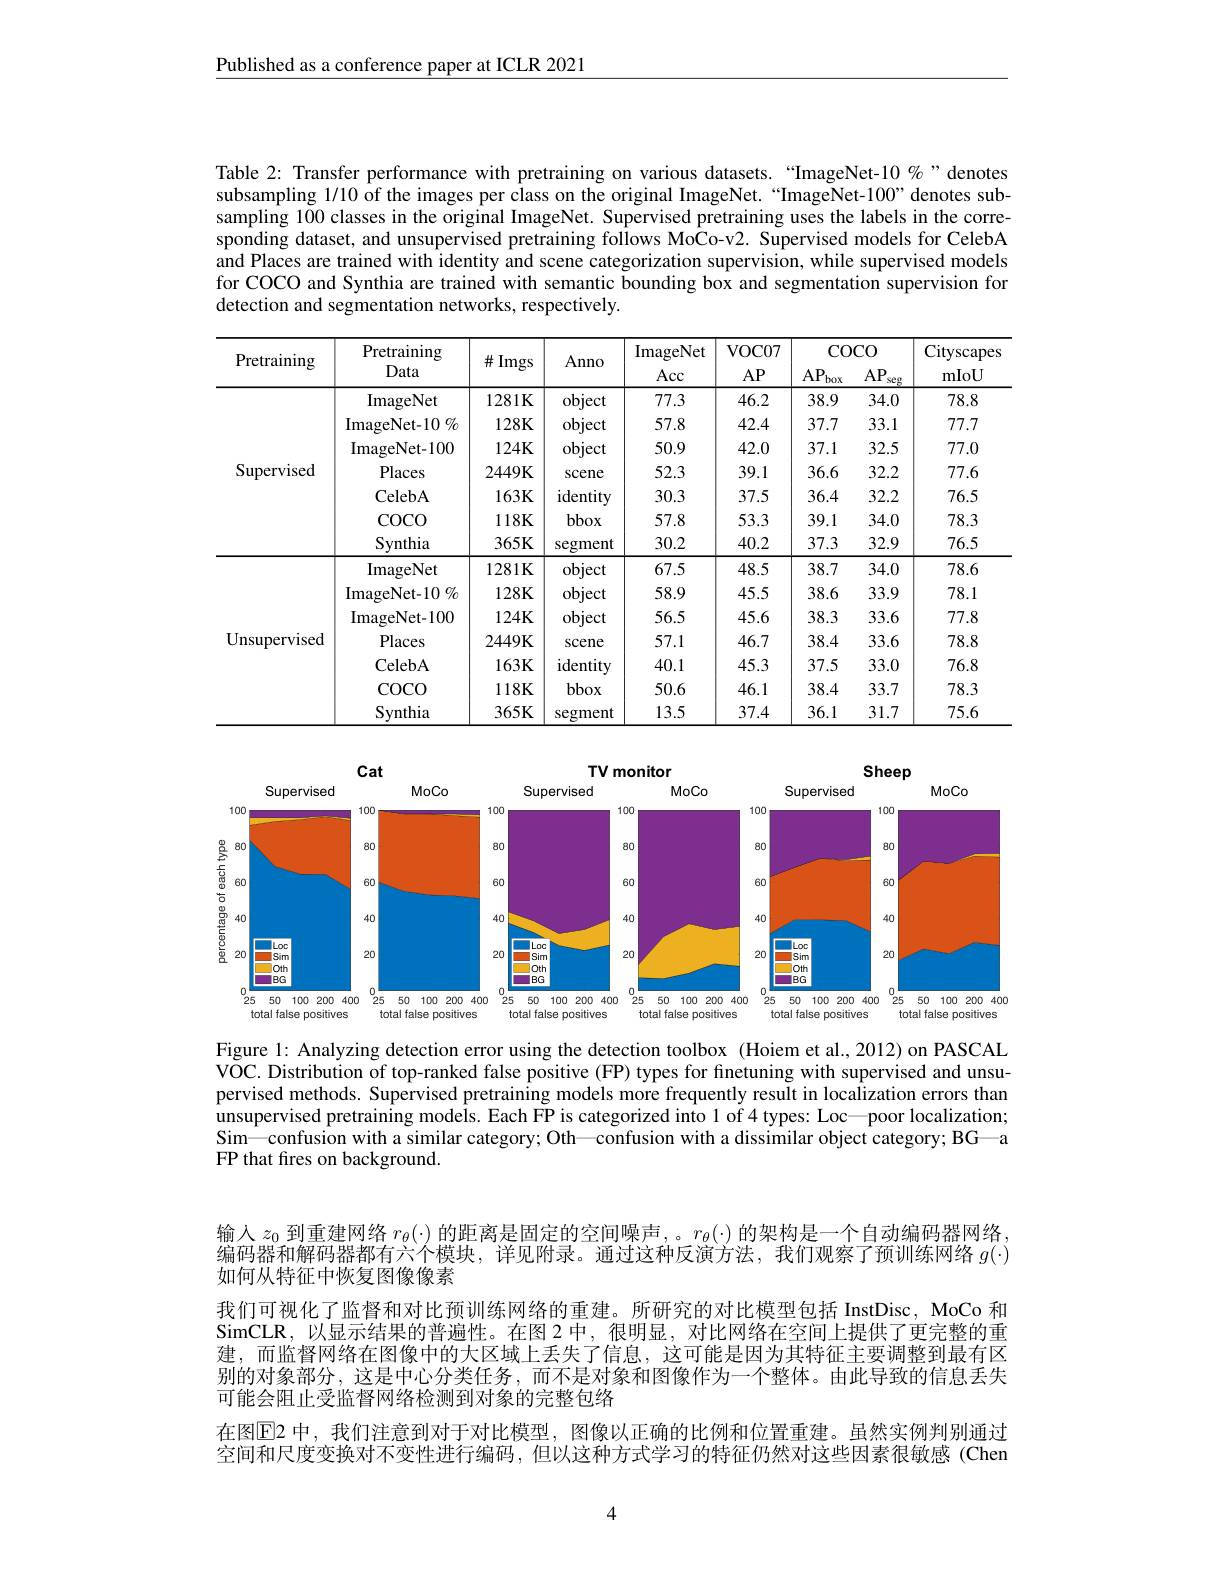
Published as a conference paper at ICLR 2021

Table 2: Transfer performance with pretraining on various datasets.“ImageNet-10 %” denotes subsampling 1/10 of the images per class on the original ImageNet. “ImageNet-100” denotes subsampling 100 classes in the original ImageNet. Supervised pretraining uses the labels in the corresponding dataset, and unsupervised pretraining follows MoCo-v2. Supervised models for CelebA and Places are trained with identity and scene categorization supervision, while supervised models for COCO and Synthia are trained with semantic bounding box and segmentation supervision for detection and segmentation networks, respectively.

<table>
	<tbody>
		<tr>
			<th rowspan="2">Pretraining</th>
			<th rowspan="2">Pretraining Data</th>
			<th rowspan="2">$\#$Imgs</th>
			<th rowspan="2">Anno</th>
			<th rowspan="2">ImageNet Acc</th>
			<th rowspan="2">VOC07 $AP$</th>
			<th colspan="2">$COCO$</th>
			<th rowspan="2">Cityscapes mIoU</th>
		</tr>
		<tr>
			<th>$AP_{\mathrm{l}}$ box</th>
			<th>$AP_{:}$ seg</th>
		</tr>
		<tr>
			<td rowspan="7">Supervised</td>
			<td>ImageNet</td>
			<td>1281K</td>
			<td>object</td>
			<td>77.3</td>
			<td>46.2</td>
			<td>38.9</td>
			<td>34.0</td>
			<td>78.8</td>
		</tr>
		<tr>
			<td>$\operatorname{ImageNet-10}\%$</td>
			<td>$128K$</td>
			<td>object</td>
			<td>57.8</td>
			<td>42.4</td>
			<td>37.7</td>
			<td>33.1</td>
			<td>77.7</td>
		</tr>
		<tr>
			<td>${\mathrm{ImageNet-100}}$</td>
			<td>$124K$</td>
			<td>object</td>
			<td>50.9</td>
			<td>42.0</td>
			<td>37.1</td>
			<td>32.5</td>
			<td>77.0</td>
		</tr>
		<tr>
			<td>Places</td>
			<td>2449K</td>
			<td>scene</td>
			<td>52.3</td>
			<td>39.1</td>
			<td>36.6</td>
			<td>32.2</td>
			<td>77.6</td>
		</tr>
		<tr>
			<td>$\mathbf{CelebA}$</td>
			<td>$163K$</td>
			<td>identity</td>
			<td>30.3</td>
			<td>37.5</td>
			<td>36.4</td>
			<td>32.2</td>
			<td>76.5</td>
		</tr>
		<tr>
			<td>$\operatorname{COCO}$</td>
			<td>$118K$</td>
			<td>bbox</td>
			<td>57.8</td>
			<td>53.3</td>
			<td>39.1</td>
			<td>34.0</td>
			<td>78.3</td>
		</tr>
		<tr>
			<td>Synthia</td>
			<td>$365K$</td>
			<td>segment</td>
			<td>30.2</td>
			<td>40.2</td>
			<td>37.3</td>
			<td>32.9</td>
			<td>76.5</td>
		</tr>
		<tr>
			<td rowspan="7">${\mathrm{Unsupervised}}$</td>
			<td>ImageNet</td>
			<td>1281K</td>
			<td>object</td>
			<td>67.5</td>
			<td>48.5</td>
			<td>38.7</td>
			<td>34.0</td>
			<td>78.6</td>
		</tr>
		<tr>
			<td>ImageNet- 10 ) $\%$</td>
			<td>$128K$</td>
			<td>object</td>
			<td>58.9</td>
			<td>45.5</td>
			<td>38.6</td>
			<td>33.9</td>
			<td>78.1</td>
		</tr>
		<tr>
			<td>${\mathrm{ImageNet-100}}$</td>
			<td>$124K$</td>
			<td>object</td>
			<td>56.5</td>
			<td>45.6</td>
			<td>38.3</td>
			<td>33.6</td>
			<td>77.8</td>
		</tr>
		<tr>
			<td>Places</td>
			<td>2449K</td>
			<td>scene</td>
			<td>57.1</td>
			<td>46.7</td>
			<td>38.4</td>
			<td>33.6</td>
			<td>78.8</td>
		</tr>
		<tr>
			<td>$\mathbf{CelebA}$</td>
			<td>$163K$</td>
			<td>identity</td>
			<td>40.1</td>
			<td>45.3</td>
			<td>37.5</td>
			<td>33.0</td>
			<td>76.8</td>
		</tr>
		<tr>
			<td>$\operatorname{COCO}$</td>
			<td>$118K$</td>
			<td>bbox</td>
			<td>50.6</td>
			<td>46.1</td>
			<td>38.4</td>
			<td>33.7</td>
			<td>78.3</td>
		</tr>
		<tr>
			<td>Synthia</td>
			<td>$365K$</td>
			<td>segment</td>
			<td>13.5</td>
			<td>37.4</td>
			<td>36.1</td>
			<td>31.7</td>
			<td>75.6</td>
		</tr>
	</tbody>
</table>

<FigureHere>

Figure l: Analyzing detection error using the detection toolbox (Hoiem et al., 2012) on PASCAL VOC. Distribution of top-ranked false positive (FP) types for finetuning with supervised and unsupervised methods. Supervised pretraining models more frequently result in localization errors than unsupervised pretraining models. Each FP is categorized into 1 of 4 types: Loc—poor localization; Sim—confusion with a similar category; Oth—confusion with a dissimilar object category; BG—a FP that fires on background.

输入$z_0$到重建网络$r_\theta(\cdot)$的距离是固定的空间噪声，。$r_\theta(\cdot)$的架构是一个自动编码器网络， 编码器和解码器都有六个模块，详见附录。通过这种反演方法，我们观察了预训练网络$g(\cdot)$ 如何从特征中恢复图像像素
我们可视化了监督和对比预训练网络的重建。所研究的对比模型包括 InstDisc, MoCo 和SimCLR,以显示结果的普遍性。在图 2中，很明显，对比网络在空间上提供了更完整的重建，而监督网络在图像中的大区域上丢失了信息，这可能是因为其特征主要调整到最有区别的对象部分，这是中心分类任务，而不是对象和图像作为一个整体。由此导致的信息丢失可能会阻止受监督网络检测到对象的完整包络
在图E2 中，我们注意到对于对比模型，图像以正确的比例和位置重建。虽然实例判别通过空间和尺度变换对不变性进行编码，但以这种方式学习的特征仍然对这些因素很敏感(Chen

4